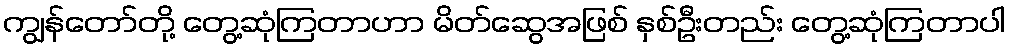
ကျွန်တော်တို့ တွေ့ဆုံကြတာဟာ မိတ်ဆွေအဖြစ် နှစ်ဦးတည်း တွေ့ဆုံကြတာပါ